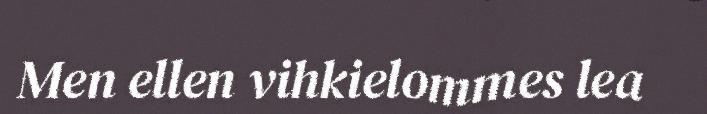
Men ellen vihkielommes lea